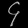
Digit: ၄